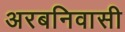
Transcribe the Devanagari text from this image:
अरबनिवासी